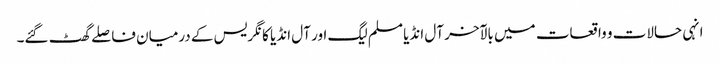
انہی حالات و واقعات میں بالآخر آل انڈیا مسلم لیگ اور آل انڈیا کانگریس کے درمیان فاصلے گھٹ گئے۔